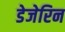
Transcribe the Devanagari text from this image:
डेजेरिन